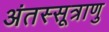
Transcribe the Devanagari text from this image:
अंतस्सूत्राणु